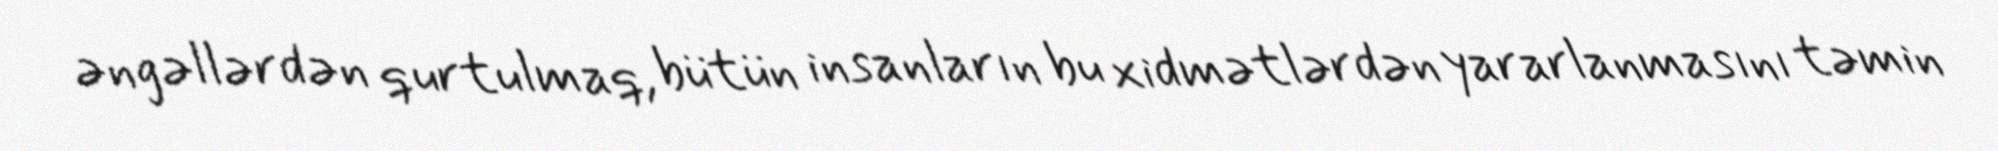
əngəllərdən qurtulmaq, bütün insanların bu xidmətlərdən yararlanmasını təmin